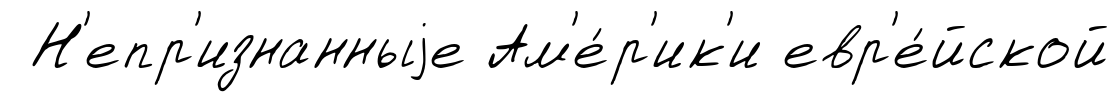
Н'епр'изнанныjе Ам'е́р'ик'и евр'е́йской